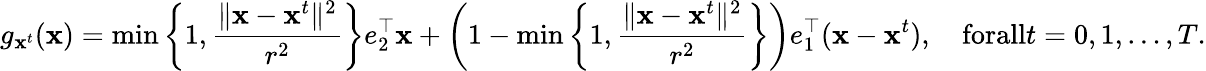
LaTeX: g_{\mathbf x^{t}}(\mathbf x)=\operatorname*{min}\left\{ 1,\frac{\| \mathbf x-\mathbf x^{t}\| ^{2}}{r^{2}}\right\} e_{2}^{\top}\mathbf x+\left(1-\operatorname*{min}\left\{ 1,\frac{\| \mathbf x-\mathbf x^{t}\| ^{2}}{r^{2}}\right\} \right)e_{1}^{\top}(\mathbf x-\mathbf x^{t}),\quad\textnormal{forall}t=0,1,\ldots,T.